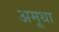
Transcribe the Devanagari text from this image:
अमूथा